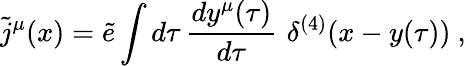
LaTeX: {\tilde{j}}^{\mu}(x)={\tilde{e}}\int d\tau\, {\frac{dy^{\mu}(\tau)}{d\tau}}\, \, \delta^{(4)}(x-y(\tau))\ ,